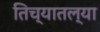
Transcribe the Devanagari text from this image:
तिच्यातल्या